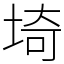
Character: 埼